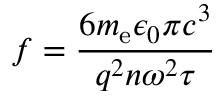
f = \frac { 6 m _ { \mathrm { e } } \epsilon _ { 0 } \pi c ^ { 3 } } { q ^ { 2 } n \omega ^ { 2 } \tau }